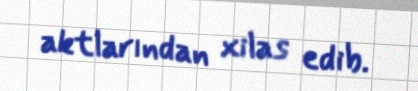
aktlarından xilas edib.